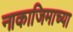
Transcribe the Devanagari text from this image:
नाकाजिमाच्या